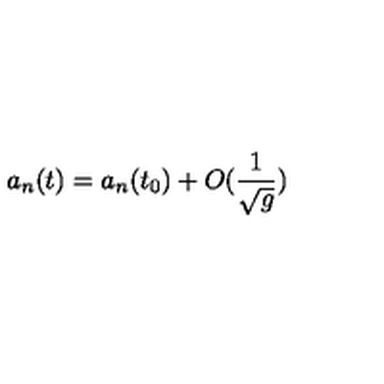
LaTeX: a _ { n } ( t ) = a _ { n } ( t _ { 0 } ) + O ( \frac { 1 } { \sqrt { g } } )